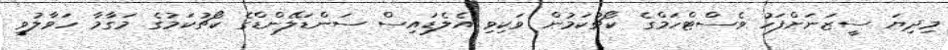
މިދިޔަ ސީޒަނަށްފަހު ވެސްޓްހަމްގެ ކޯޗުކަމުން ވަކިވި އެލެޑައިސް ސަންޑަލޭންޑްގެ ކޯޗުކަމުގެ މަގާމާ ހަވާލުވީ